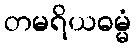
တမရိယဓမ္မံ